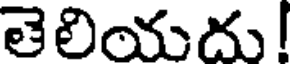
తెలియదు!